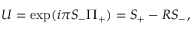
U = \exp ( i \pi { \cal S } _ { - } \Pi _ { + } ) = { \cal S } _ { + } - R { \cal S } _ { - } ,